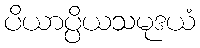
ပိယာပ္ပိယသမုဒယံ